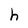
Character: h